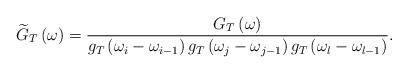
LaTeX: \begin{align*}\widetilde{G}_{T}\left(\omega\right)=\frac{G{}_{T}\left(\omega\right)}{g_{T}\left(\omega_{i}-\omega_{i-1}\right)g_{T}\left(\omega_{j}-\omega_{j-1}\right)g_{T}\left(\omega_{l}-\omega_{l-1}\right)}.\end{align*}